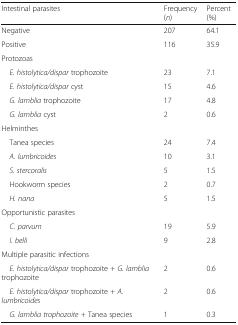
| Intestinal parasites | Frequency (n) | Percent (%) |
 | --- | --- | --- |
 | Negative | 207 | 64.1 |
 | Positive | 116 | 35.9 |
 | <COLSPAN=3> Protozoas |
 | E. histolytica/dispar trophozoite | 23 | 7.1 |
 | E. histolytica/dispar cyst | 15 | 4.6 |
 | G. lamblia trophozoite | 17 | 4.8 |
 | G. lamblia cyst | 2 | 0.6 |
 | <COLSPAN=3> Helminthes |
 | Tanea species | 24 | 7.4 |
 | A. lumbricoides | 10 | 3.1 |
 | S. stercoralis | 5 | 1.5 |
 | Hookworm species | 2 | 0.7 |
 | H. nana | 5 | 1.5 |
 | <COLSPAN=3> Opportunistic parasites |
 | C. parvum | 19 | 5.9 |
 | I. belli | 9 | 2.8 |
 | <COLSPAN=3> Multiple parasitic infections |
 | E. histolytica/dispar trophozoite + G. lamblia trophozoite | 2 | 0.6 |
 | E. histolytica/dispar trophozoite + A. lumbricoides | 2 | 0.6 |
 | G. lamblia trophozoite + Tanea species | 1 | 0.3 |